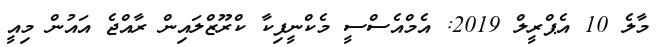
މާލެ 10 އެޕްރީލް 2019: އެމްއެސްސީ މެކްނީފިކާ ކްރޫޒްލައިން ރާއްޖެ އައުން މިއީ